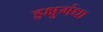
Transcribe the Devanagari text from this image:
इक्षुगंधा